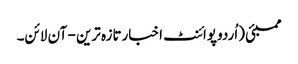
ممبئی (اُردو پوائنٹ اخبارتازہ ترین - آن لائن۔